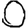
Digit: 0